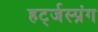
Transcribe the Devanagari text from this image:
हर्ट्जस्प्रंग